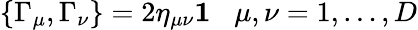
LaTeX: \{ \Gamma_{\mu},\Gamma_{\nu}\} =2\eta_{\mu\nu}{\mathbf 1}\; \; \; \mu,\nu=1,\ldots,D